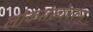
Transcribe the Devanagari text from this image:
लोकसंख्येवरून